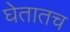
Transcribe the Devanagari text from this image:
घेतातच